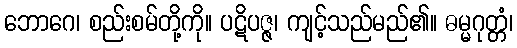
ဘောဂေ၊ စည်းစမ်တို့ကို။ ပဋိပဇ္ဇ၊ ကျင့်သည်မည်၏။ ဓမ္မဂုတ္တံ၊